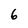
Character: 6